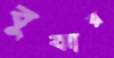
বুঝার